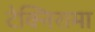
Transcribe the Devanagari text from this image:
टेक्निरामा